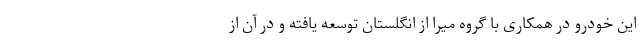
این خودرو در همکاری با گروه میرا از انگلستان توسعه یافته و در آن از